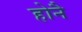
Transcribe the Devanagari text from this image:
होनै